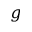
g